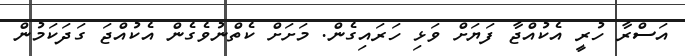
އަސްރާ ހުރީ އެކުއްޖާ ފަޔަށް ވަޅި ހަރައިގެން. މަށަށް ކެތްނުވެގެން އެކުއްޖަ ގަދަކަމުން